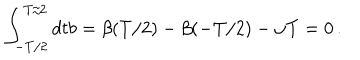
LaTeX: \int _ { - T / 2 } ^ { T / 2 } d t b = \beta ( T / 2 ) - \beta ( - T / 2 ) - \omega T = 0 \, .